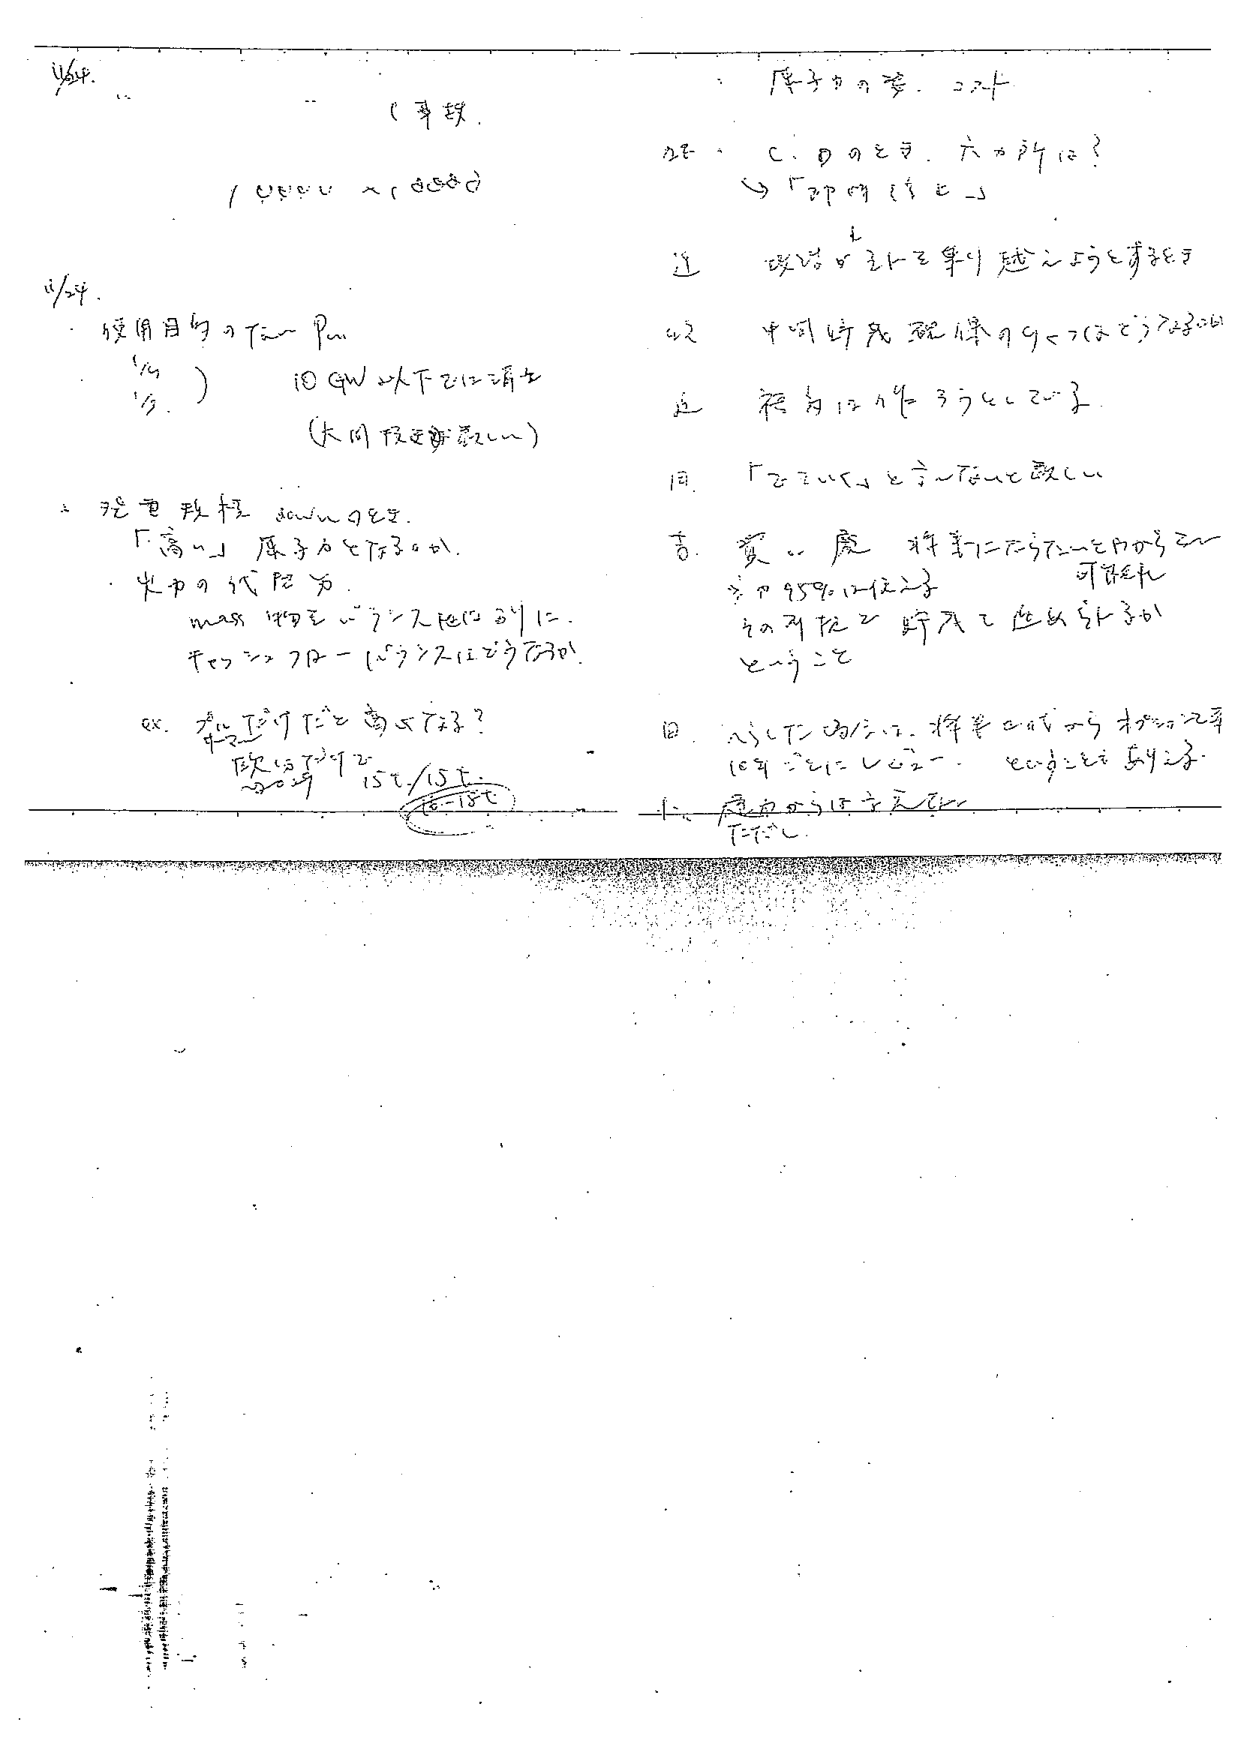
4/24.
（手稿）
10000 人（日記）

4/24.
使用目的の T2- Pm
（%） 10 GW 以下では消去
（大同予定変更）

2. 現電改軽 30000 のとき
「高」原子力とT2-3000.
火力の代替力
max 物をバランスにあわせ.
T2-3000 > 70 - (15t > 7.11 で 7.13 か)

ex. 本に T2-9 T2-2 高くT2-3?
次は T2-9 T2-
15t/15t
(16-18t)

原子力の答. 2.24
2. C、D のとき. 大力所は?
→「2P 09 15 と」

近 政治と3.1-を乗り越えようとする

4.2 中間断死 現件 9<7(2.2)7.2000

近 総合は 1.4=3.7 とく 2.03

同 「2.2 いく」をうってたと改く

吉. 質、魔 将来にたづらにとめかうと一
※ 959.12-12.23 可能性
その可視と 許可と 進めるべきか
とこうこと

日. パンに 20/1.7. 将来の成り行き 16年
16年 2.1.1 レビュー. 2.1.1 と 2.1.1 ありうる

↓ 原子力は立派に
T2-2 と